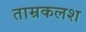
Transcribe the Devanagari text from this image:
ताम्रकलश